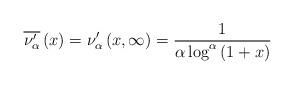
LaTeX: \begin{align*}\overline{\nu _{\alpha }^{\prime }}\left( x\right) =\nu _{\alpha }^{\prime}\left( x,\infty \right) =\frac{1}{\alpha \log ^{\alpha }\left( 1+x\right) }\end{align*}